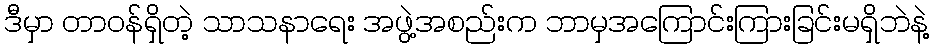
ဒီမှာ တာဝန်ရှိတဲ့ သာသနာရေး အဖွဲ့အစည်းက ဘာမှအကြောင်းကြားခြင်းမရှိဘဲနဲ့